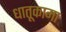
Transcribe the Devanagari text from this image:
धातूकामा